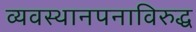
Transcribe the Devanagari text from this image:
व्यवस्थानपनाविरुद्ध